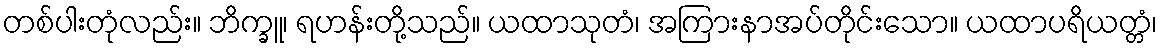
တစ်ပါးတုံလည်း။ ဘိက္ခူ၊ ရဟန်းတို့သည်။ ယထာသုတံ၊ အကြားနာအပ်တိုင်းသော။ ယထာပရိယတ္တံ၊